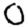
Digit: 0